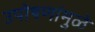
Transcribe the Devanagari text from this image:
उपोषणांमुळे